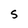
Character: S